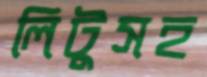
লিটুসহ